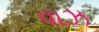
વાઝ